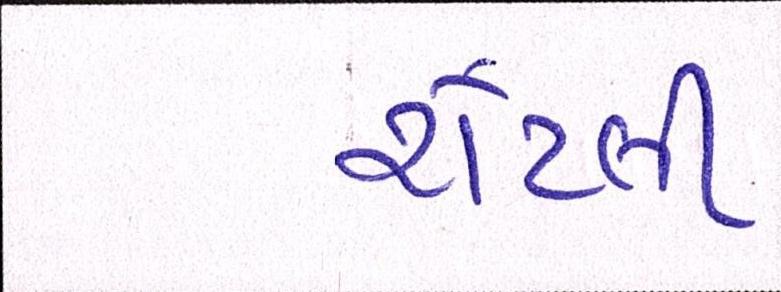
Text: રોટલી